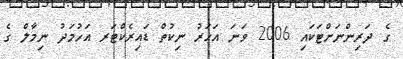
ގެ ދަރިންނަށްޓަކައި 2006 ވަނަ އަހަރު ނިކުތް ޑައިރެކްޓަރ އަހުމަދު ނިމާލް ގެ